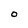
Character: 0